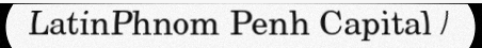
LatinPhnom Penh Capital /